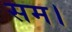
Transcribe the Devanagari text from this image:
सम।